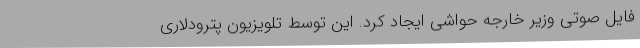
فایل صوتی وزیر خارجه حواشی ایجاد کرد. این توسط تلویزیون پترودلاری